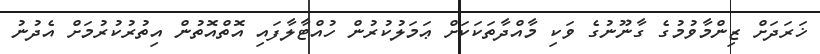
ޚަރަދަށް ޒިންމާވުމުގެ ގާނޫނުގެ ވަކި މާއްދާތަކަކަށް ޢަމަލުކުރުން ހުއްޓާލާފައި އޮތްއޮތުން އިތުރުކުރުމަށް އެދުނު